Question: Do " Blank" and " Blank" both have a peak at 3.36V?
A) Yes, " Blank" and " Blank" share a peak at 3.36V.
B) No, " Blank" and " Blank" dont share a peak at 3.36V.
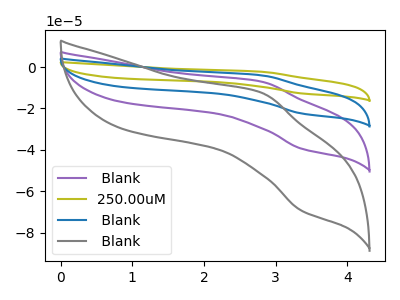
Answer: <think>The purple curve " Blank" has an anodic peak at (2.80V, -7.10uA) and a cathodic peak at (3.35V, -39.40uA). The olive curve "250.00uM" has an anodic peak at (2.80V, -21.25uA) and a cathodic peak at (3.35V, -118.20uA). The blue curve " Blank" has an anodic peak at (2.80V, -14.15uA) and a cathodic peak at (3.35V, -78.80uA). The gray curve " Blank" has an anodic peak at (2.80V, -12.45uA) and a cathodic peak at (3.35V, -69.25uA).</think>
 <answer>A) Yes, " Blank" and " Blank" share a peak at 3.36V.</answer>
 <eval>A</eval>